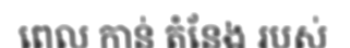
ពេល កាន់ តំនែង របស់